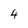
Character: 4